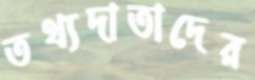
তথ্যদাতাদের